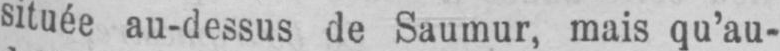
située au-dessus de Saumur, mais qu’au-